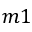
m 1